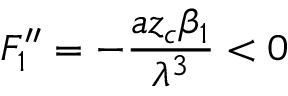
F _ { 1 } ^ { \prime \prime } = - \frac { a z _ { c } \beta _ { 1 } } { \lambda ^ { 3 } } < 0